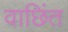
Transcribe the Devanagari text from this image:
वाछिंत